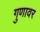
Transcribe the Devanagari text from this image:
गुणावर